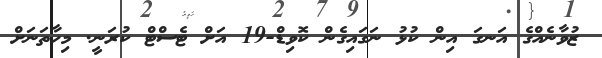
ޒުވާނެއްގެ އަނގަ އިން ކުޅު ނަގައިގެން ކޮވިޑް-19 އަށް ޓެސްޓް ކުރަނީ. މިހާތަނަށް